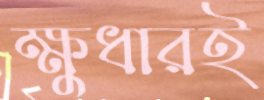
ক্ষুধারই